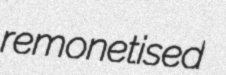
remonetised